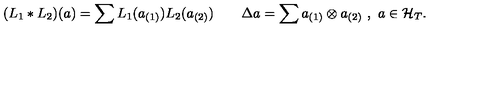
( L _ { 1 } * L _ { 2 } ) ( a ) = \sum L _ { 1 } ( a _ { ( 1 ) } ) L _ { 2 } ( a _ { ( 2 ) } ) \qquad \Delta a = \sum a _ { ( 1 ) } \otimes a _ { ( 2 ) } \ , \ a \in { \cal H } _ { T } .